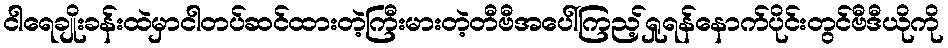
ငါရေချိုးခန်းထဲမှာငါတပ်ဆင်ထားတဲ့ကြီးမားတဲ့တီဗီအပေါ်ကြည့်ရှုရန်နောက်ပိုင်းတွင်ဗီဒီယိုကို